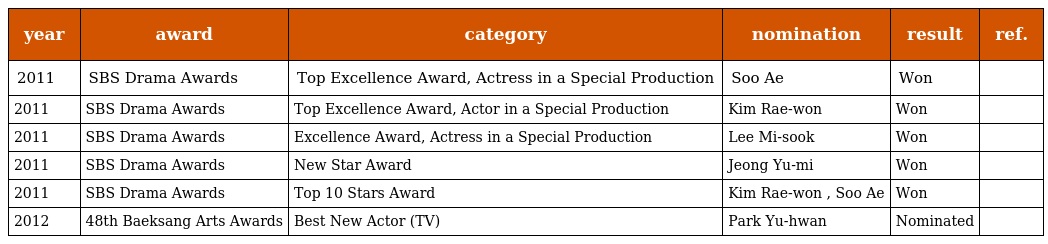
| year | award | category | nomination | result | ref. |
 | --- | --- | --- | --- | --- | --- |
 | 2011 | SBS Drama Awards | Top Excellence Award, Actress in a Special Production | Soo Ae | Won |  |
 | 2011 | SBS Drama Awards | Top Excellence Award, Actor in a Special Production | Kim Rae-won | Won |  |
 | 2011 | SBS Drama Awards | Excellence Award, Actress in a Special Production | Lee Mi-sook | Won |  |
 | 2011 | SBS Drama Awards | New Star Award | Jeong Yu-mi | Won |  |
 | 2011 | SBS Drama Awards | Top 10 Stars Award | Kim Rae-won , Soo Ae | Won |  |
 | 2012 | 48th Baeksang Arts Awards | Best New Actor (TV) | Park Yu-hwan | Nominated |  |